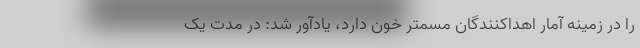
را در زمینه آمار اهداکنندگان مسمتر خون دارد، یادآور شد: در مدت یک